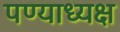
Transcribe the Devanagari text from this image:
पण्याध्यक्ष